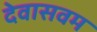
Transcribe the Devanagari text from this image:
देवासवम